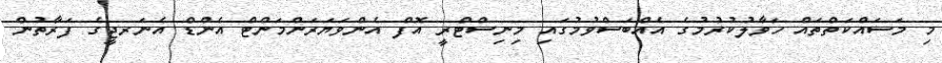
މި މަސައްކަތްތައް ހަވާލުކުރުމުގެ އެއްބަސްވުމުގައި މިނިސްޓްރީ އޮފް އެންވަޔަރަންމަންޓް އެންޑް އެނަރޖީގެ ފަރާތުން